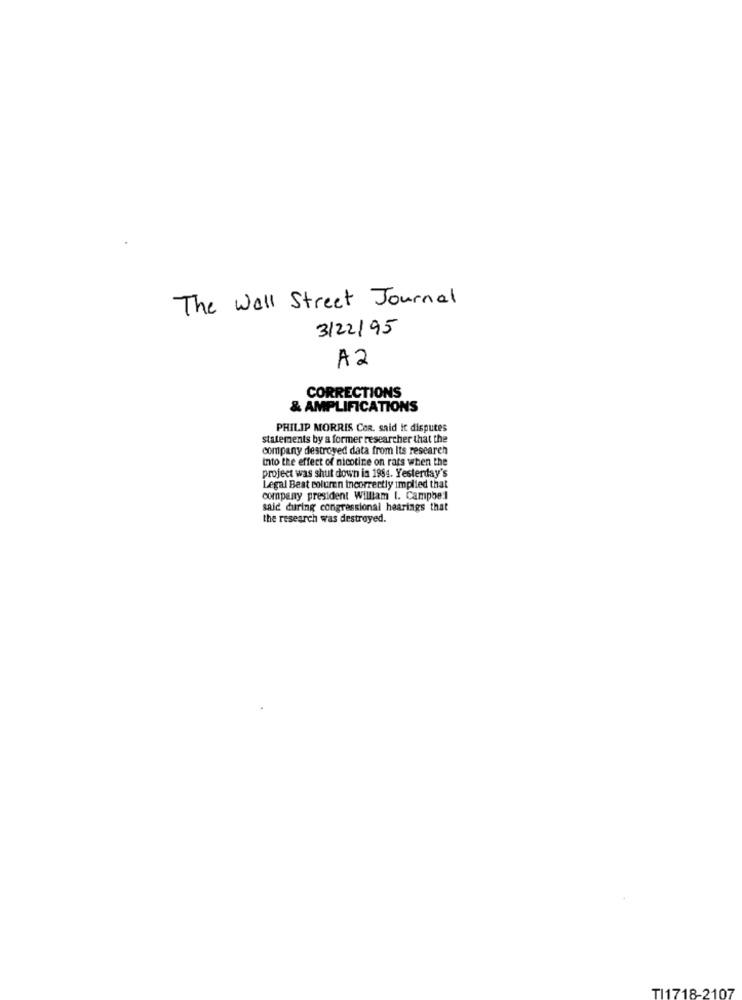
The Wall Street Journal
3/22/95
A2
CORRECTIONS
& AMPLIFICATIONS
PHILIP MORRIS COR. said it disputes
statements by a former researcher that the
company destroyed data from Its research
into the effect of nicotine on rats when the
project was shut down in 1984. Yesterday's
Legal Beat coluren incorrectly implied that
company president William 1. Campbel
said during congressional hearings that
the research was destroyed.
TI1718-2107